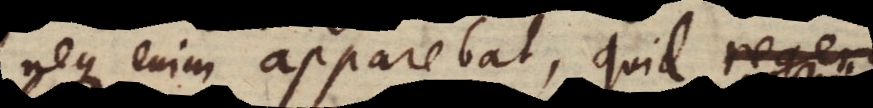
neque enim apparebat, quid in